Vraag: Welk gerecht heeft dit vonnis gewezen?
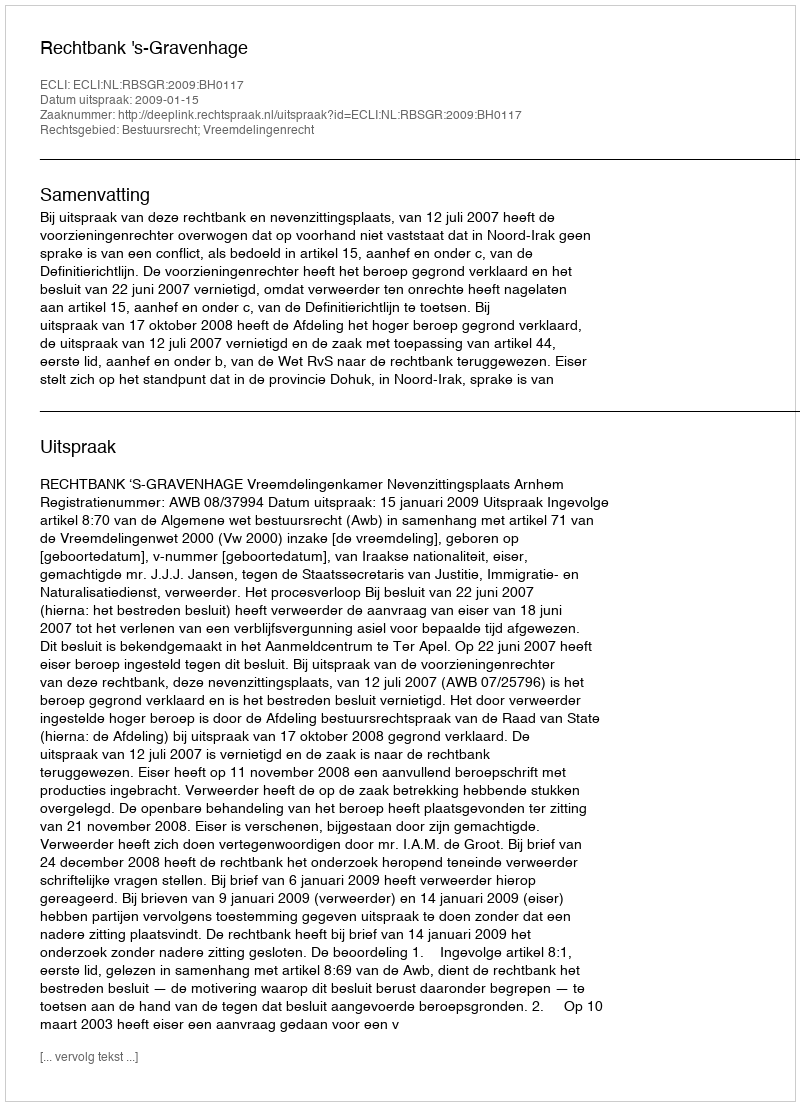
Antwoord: Rechtbank 's-Gravenhage